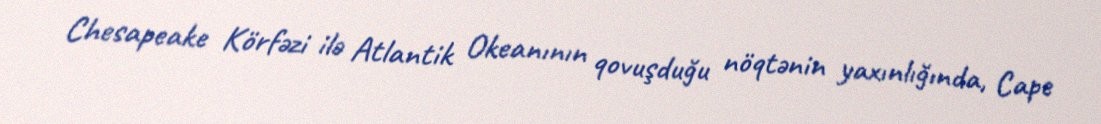
Chesapeake Körfəzi ilə Atlantik Okeanının qovuşduğu nöqtənin yaxınlığında, Cape